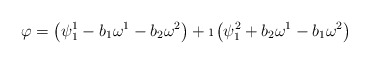
\begin{align*}\varphi=\left(\psi^1_1-b_1\omega^1-b_2\omega^2\right)+\i\left(\psi^2_1+b_2\omega^1-b_1\omega^2\right)\end{align*}